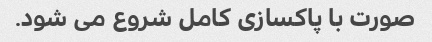
صورت با پاکسازی کامل شروع می شود.